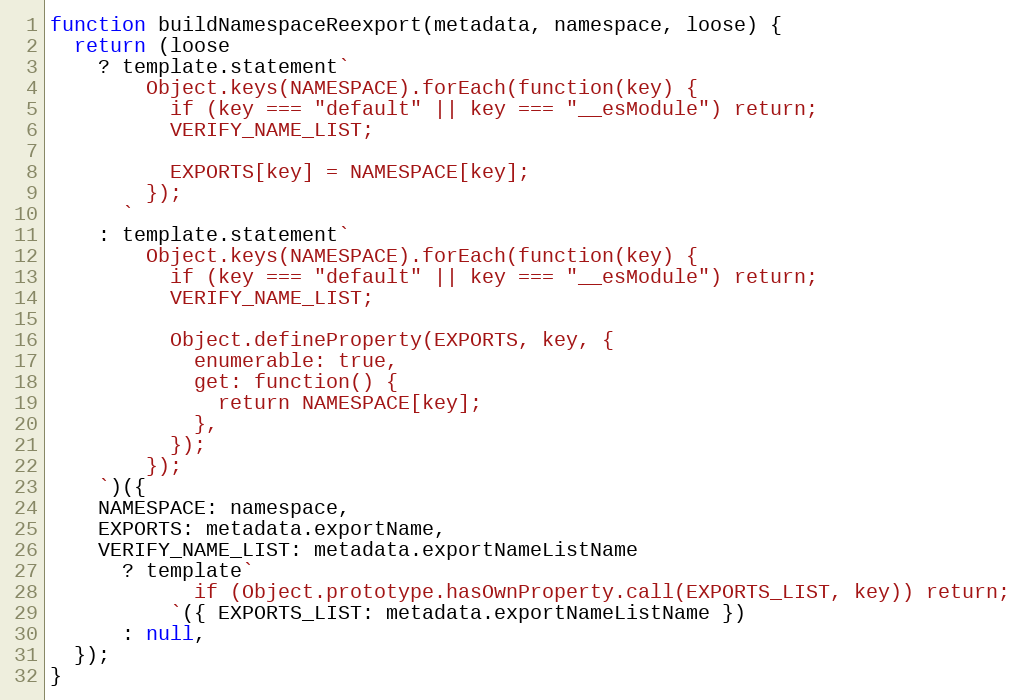
Language: JavaScript
function buildNamespaceReexport(metadata, namespace, loose) {
  return (loose
    ? template.statement`
        Object.keys(NAMESPACE).forEach(function(key) {
          if (key === "default" || key === "__esModule") return;
          VERIFY_NAME_LIST;

          EXPORTS[key] = NAMESPACE[key];
        });
      `
    : template.statement`
        Object.keys(NAMESPACE).forEach(function(key) {
          if (key === "default" || key === "__esModule") return;
          VERIFY_NAME_LIST;

          Object.defineProperty(EXPORTS, key, {
            enumerable: true,
            get: function() {
              return NAMESPACE[key];
            },
          });
        });
    `)({
    NAMESPACE: namespace,
    EXPORTS: metadata.exportName,
    VERIFY_NAME_LIST: metadata.exportNameListName
      ? template`
            if (Object.prototype.hasOwnProperty.call(EXPORTS_LIST, key)) return;
          `({ EXPORTS_LIST: metadata.exportNameListName })
      : null,
  });
}